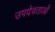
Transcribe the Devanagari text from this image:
उपदेवताओं